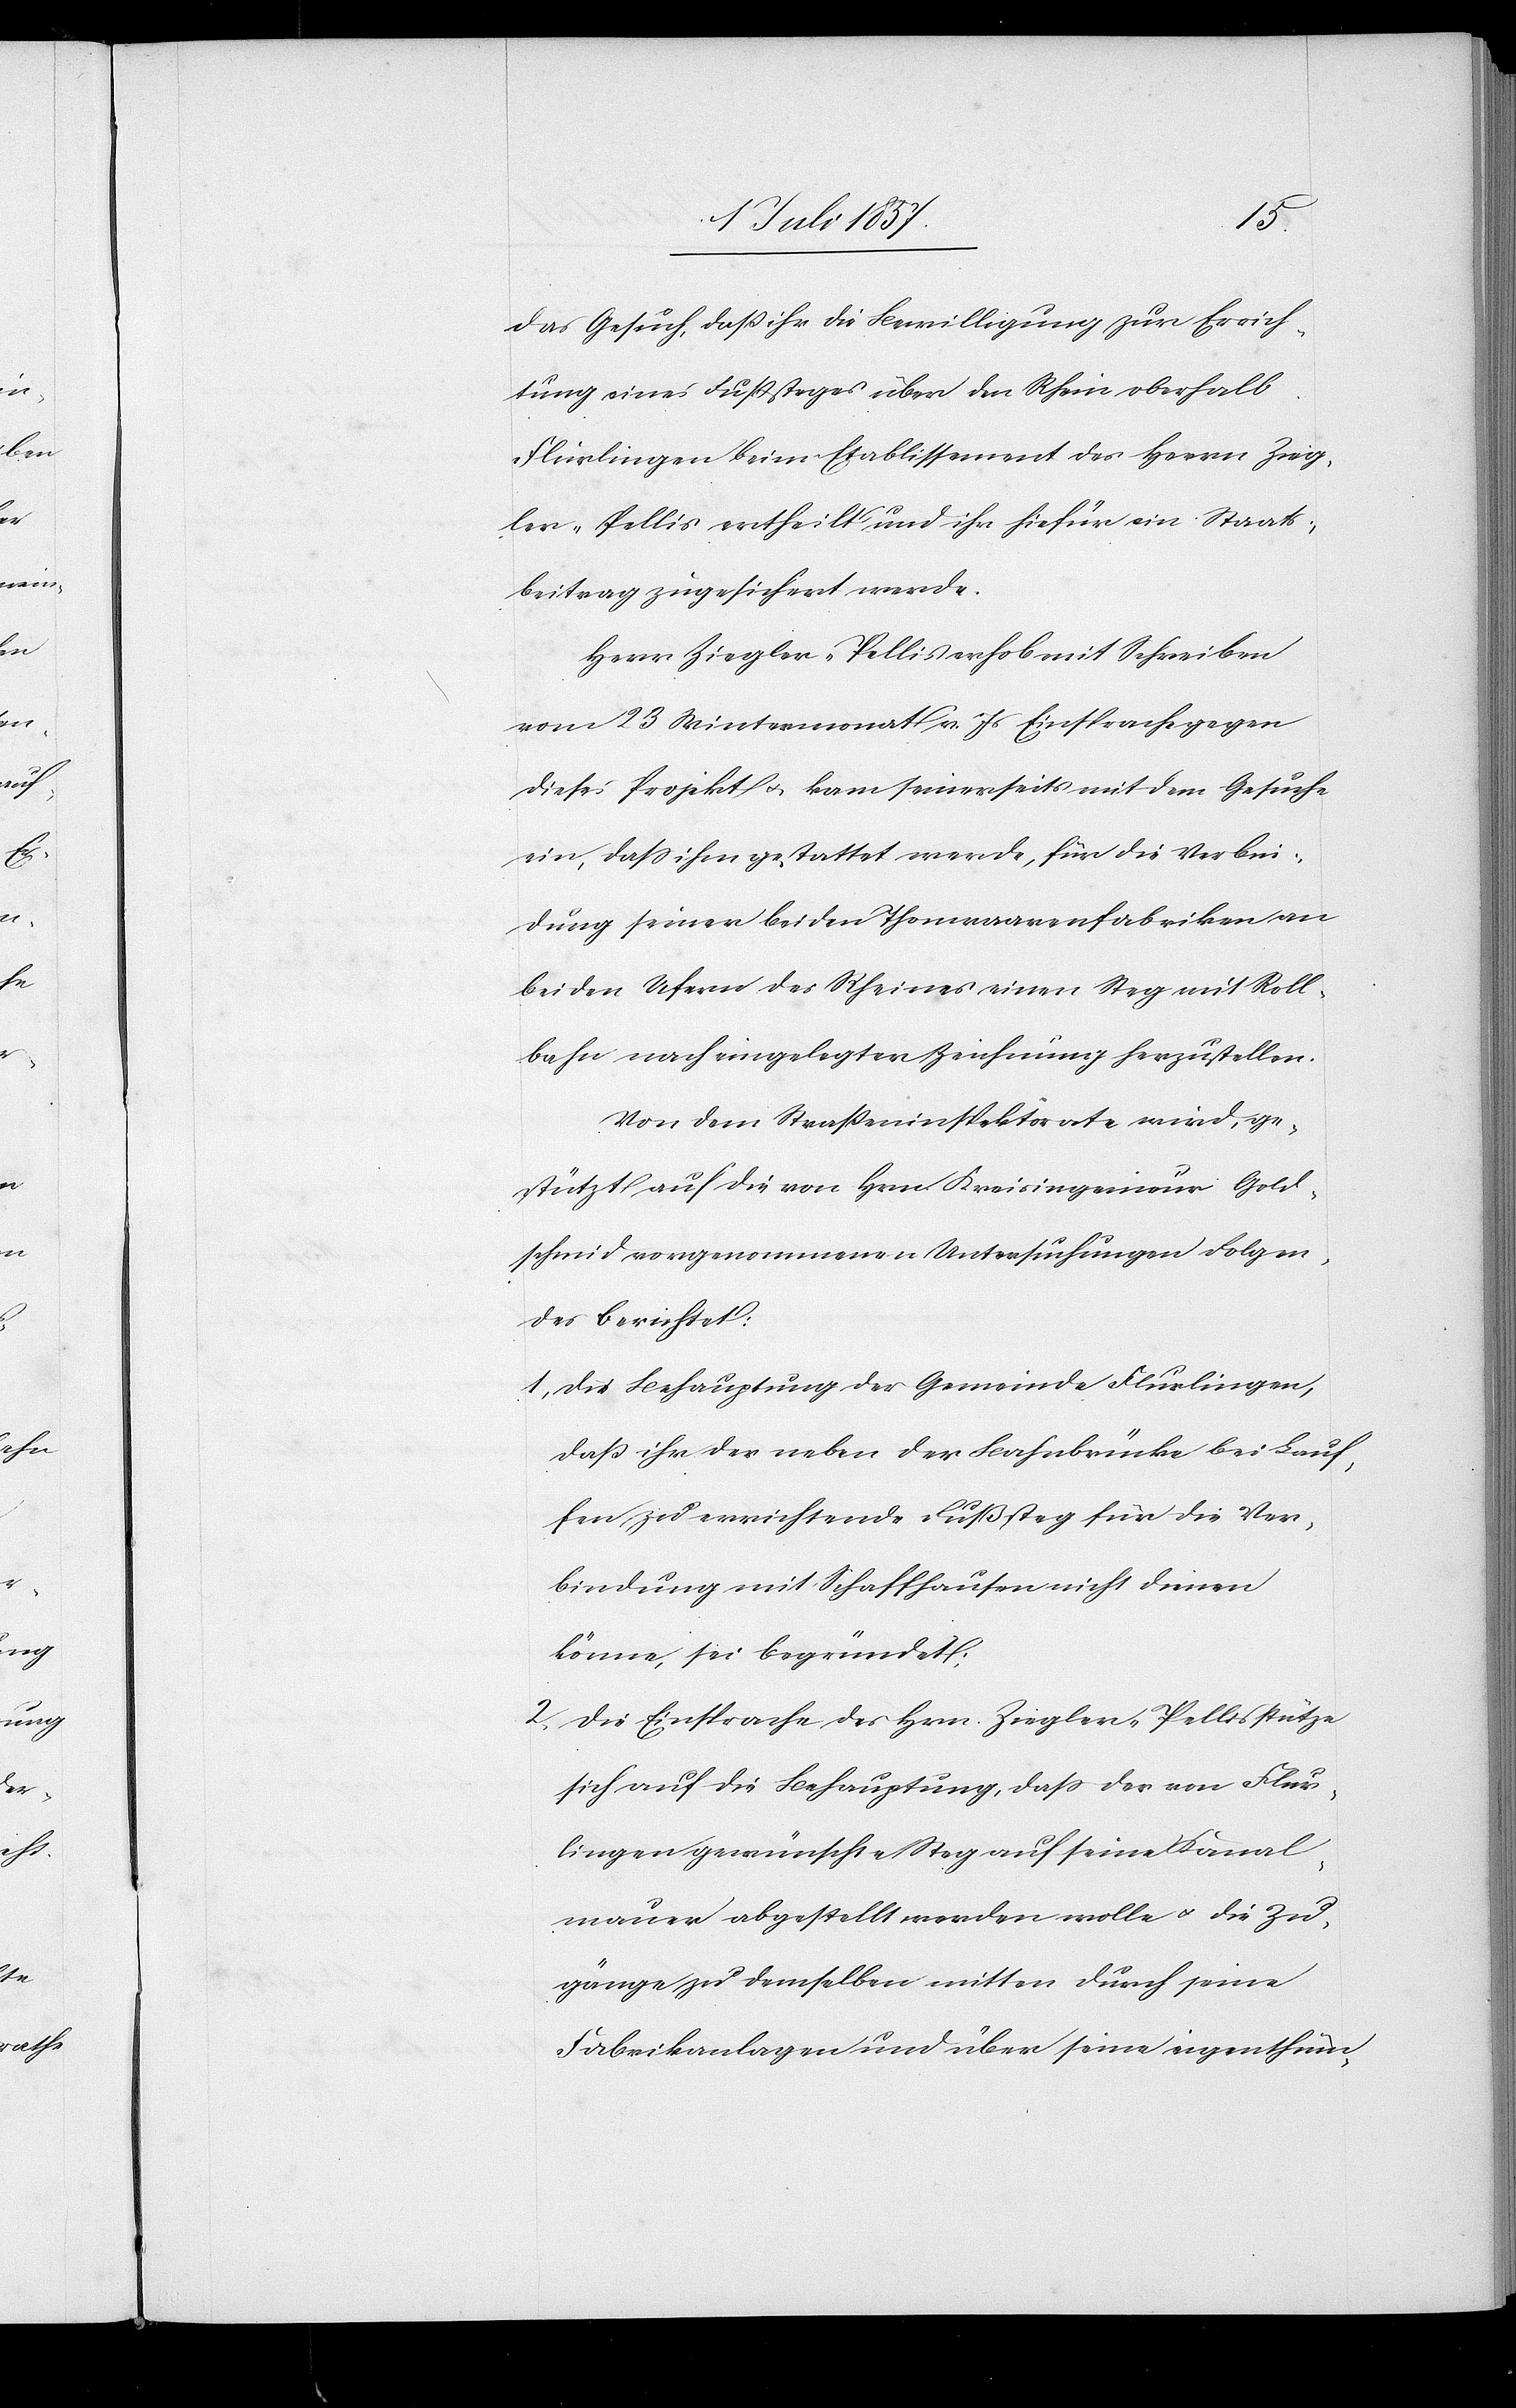
das Gesuch, daß ihr die Bewilligung zur Errich¬
tung eines Fußsteges über den Rhein oberhalb
Flurlingen beim Etablissement des Herrn Zieg¬
ler-Pellis ertheilt und ihr hiefür ein Staats¬
beitrag zugesichert werde.
Herr Ziegler-Pellis erhob mit Schreiben
vom 23 Wintermonat v. Js. Einsprache gegen
dieses Projekt & kam seinerseits mit dem Gesuche
ein, daß ihm gestattet werde, für die Verbin¬
dung seiner beiden Thonwaarenfabriken an
beiden Ufern des Rheines einen Steg mit Roll¬
bahn nach eingelegter Zeichnung herzustellen.
Von dem Straßeninspektorate wird, ge¬
stützt auf die von Hrn. Kreisingenieur Gold¬
schmid vorgenommenen Untersuchungen Folgen¬
des berichtet:
1. Die Behauptung der Gemeinde Flurlingen,
daß ihr der neben der Bahnbrücke bei Lauf¬
fen zu errichtende Fußsteg für die Ver¬
bindung mit Schaffhausen nicht dienen
könne, sei begründet,
2. Die Einsprache des Hrn. Ziegler-Pellis stütze
sich auf die Behauptung, daß der von Flur¬
lingen gewünschte Steg auf seine Kanal¬
mauer abgestellt werden wolle & die Zu¬
gänge zu demselben mitten durch seine
Fabrikanlagen und über seine eigenthüm-